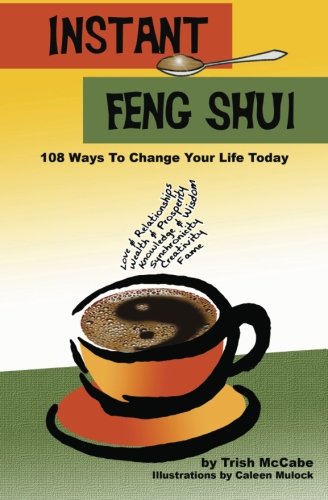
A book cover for Instant Feng Shui: 108 Ways To change Your Life Today; Trish McCabe; Computers & Technology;